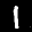
Label: 1